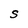
Character: S